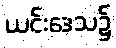
ယင်းဒေသ၌